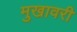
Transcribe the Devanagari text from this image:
मुखावरी